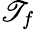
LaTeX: \mathscr{T}_{f}